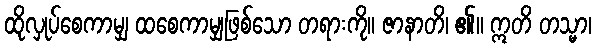
ထိုလှုပ်စေကာမျှ ထစေကာမျှဖြစ်သော တရားကို။ ဇာနာတိ၊ ၏။ ဣတိ တသ္မာ၊